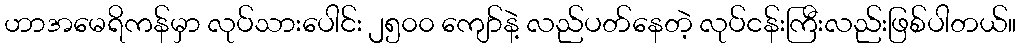
ဟာအမေရိကန်မှာ လုပ်သားပေါင်း ၂၅၀၀ ကျော်နဲ့ လည်ပတ်နေတဲ့ လုပ်ငန်းကြီးလည်းဖြစ်ပါတယ်။